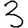
Digit: 3